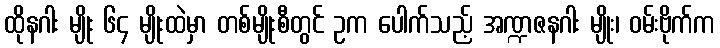
ထိုနဂါး မျိုး ၆၄ မျိုးထဲမှာ တစ်မျိုးစီတွင် ဥက ပေါက်သည့် အဏ္ဍဇနဂါး မျိုး၊ ဝမ်းဗိုက်က